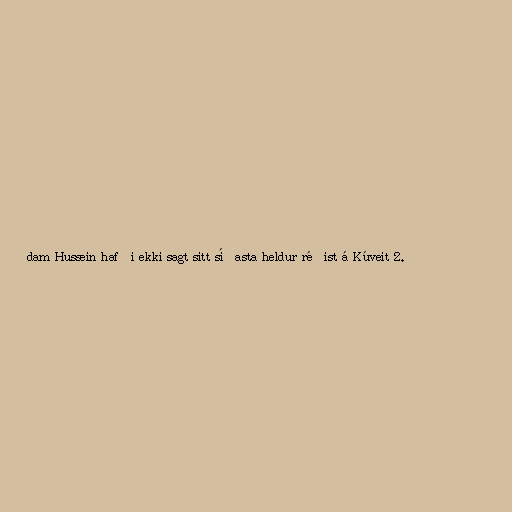
dam Hussein hafði ekki sagt sitt síðasta heldur réðist á Kúveit 2.